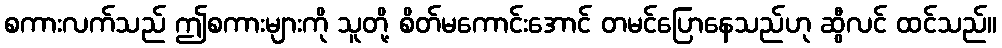
စကားလက်သည် ဤစကားများကို သူတို့ စိတ်မကောင်းအောင် တမင်ပြောနေသည်ဟု ဆွီလင် ထင်သည်။